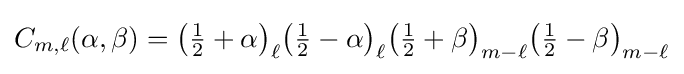
C_{m,\ell }(\alpha ,\beta )={\left({\tfrac {1}{2}}+\alpha \right)_{\ell }}{\left({\tfrac {1}{2}}-\alpha \right)_{\ell }}{\left({\tfrac {1}{2}}+\beta \right)_{m-\ell }}{\left({\tfrac {1}{2}}-\beta \right)_{m-\ell }}